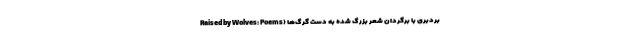
بردبری با برگردان شعر بزرگ شده به دست گرگ‌ها (Raised by Wolves: Poems